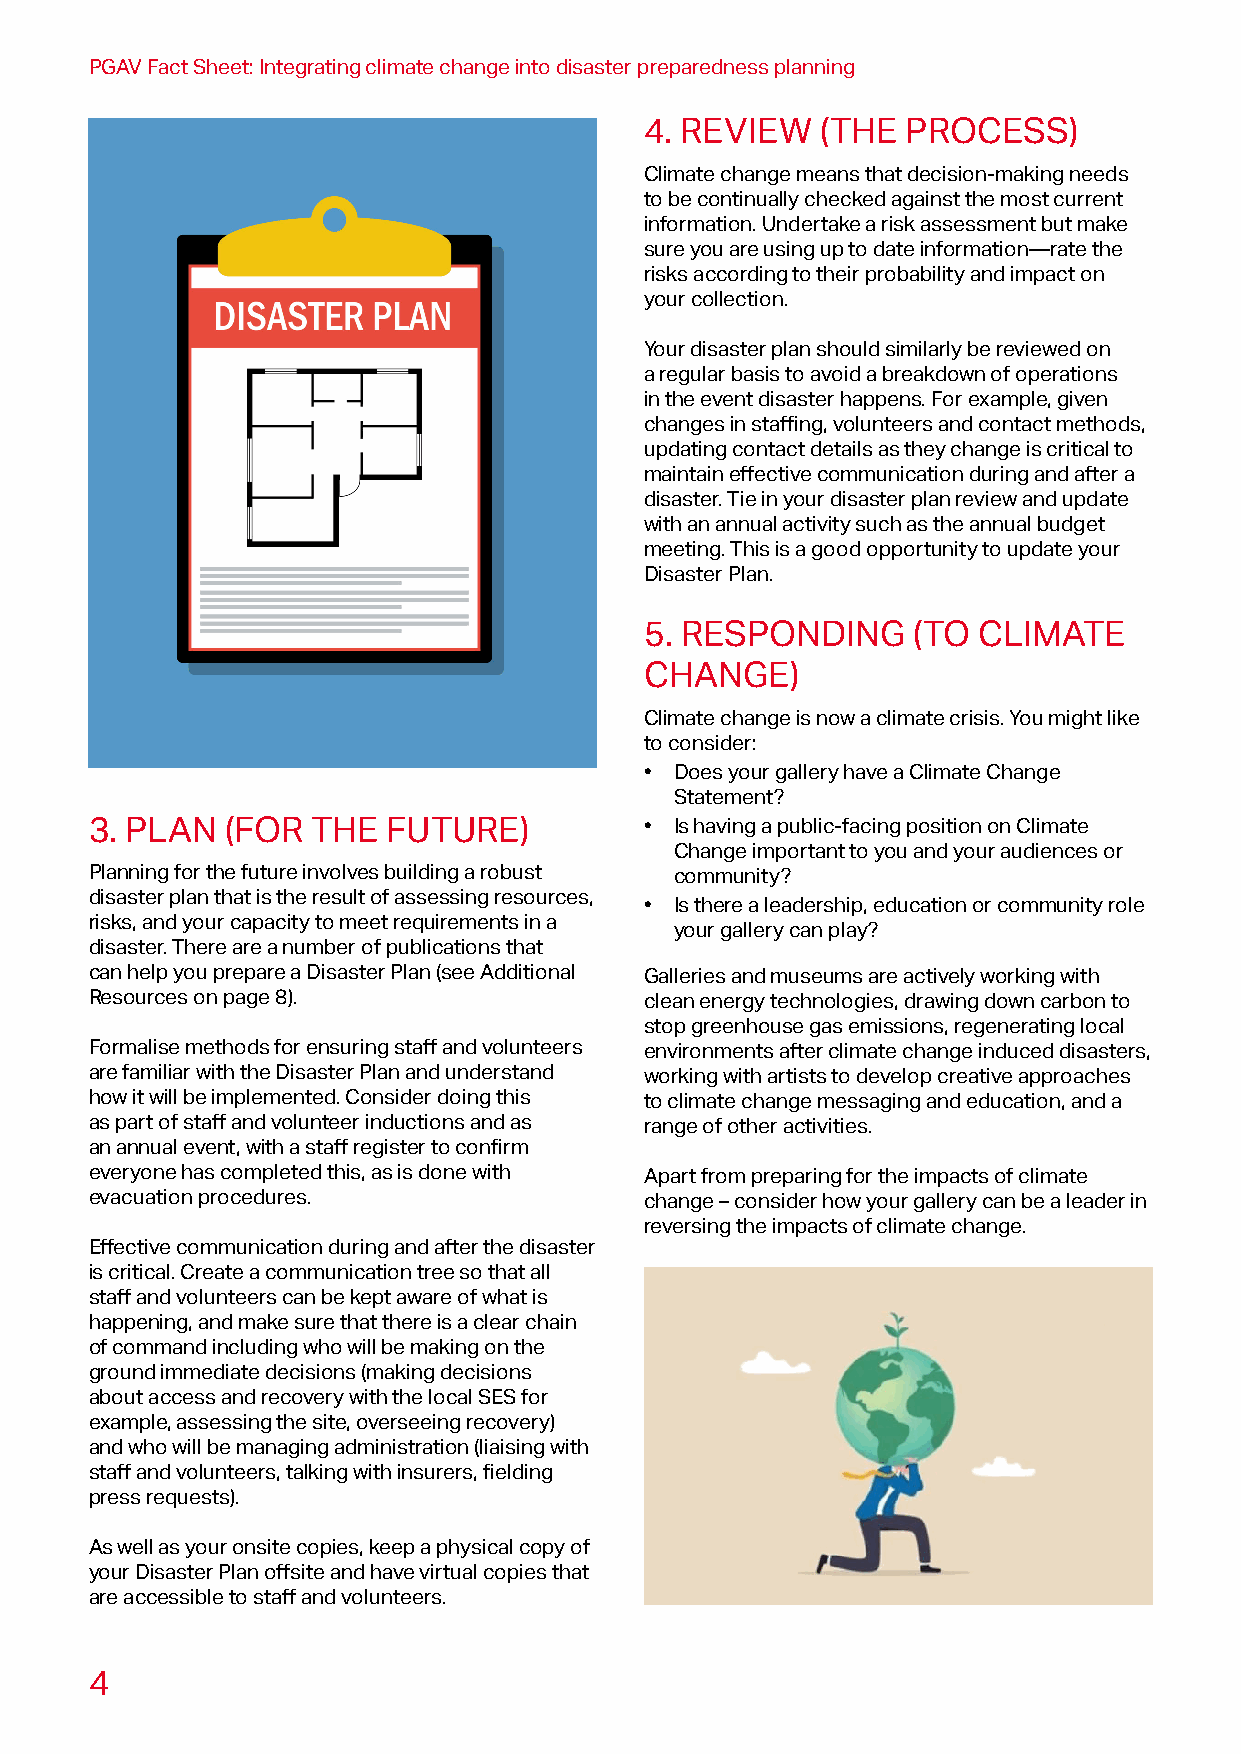
PGAV Fact Sheet: Integrating climate change into disaster preparedness planning
 4. REVIEW  (THE  PROCESS)
 Climate change means that decision-making needs
 to be continually checked against the most current
 information. Undertake a risk assessment but make
 sure you are using up to date information—rate the
 risks according to their probability and impact on
 your collection.
 Your disaster plan should similarly be reviewed on
 a regular basis to avoid a breakdown of operations
 in the event disaster happens. For example, given
 changes in staffing, volunteers and contact methods,
 updating contact details as they change is critical to
 maintain effective communication during and after a
 disaster. Tie in your disaster plan review and update
 with an annual activity such as the annual budget
 meeting. This is a good opportunity to update your
 Disaster Plan.
 5. RESPONDING    (TO  CLIMATE
 CHANGE)
 Climate change is now a climate crisis. You might like
 to consider:
 • Does your gallery have a Climate Change
 Statement?
 • Is having a public-facing position on Climate
 3. PLAN  (FOR  THE  FUTURE)
 Change important to you and your audiences or
 Planning for the future involves building a robust community?
 disaster plan that is the result of assessing resources,
 • Is there a leadership, education or community role
 risks, and your capacity to meet requirements in a
 your gallery can play?
 disaster. There are a number of publications that
 can help you prepare a Disaster Plan (see Additional Galleries and museums are actively working with
 Resources on page 8).                clean energy technologies, drawing down carbon to
 stop greenhouse gas emissions, regenerating local
 Formalise methods for ensuring staff and volunteers environments after climate change induced disasters,
 are familiar with the Disaster Plan and understand working with artists to develop creative approaches
 how it will be implemented. Consider doing this to climate change messaging and education, and a
 as part of staff and volunteer inductions and as range of other activities.
 an annual event, with a staff register to confirm
 everyone has completed this, as is done with Apart from preparing for the impacts of climate
 evacuation procedures.               change – consider how your gallery can be a leader in
 reversing the impacts of climate change.
 Effective communication during and after the disaster
 is critical. Create a communication tree so that all
 staff and volunteers can be kept aware of what is
 happening, and make sure that there is a clear chain
 of command including who will be making on the
 ground immediate decisions (making decisions
 about access and recovery with the local SES for
 example, assessing the site, overseeing recovery)
 and who will be managing administration (liaising with
 staff and volunteers, talking with insurers, fielding
 press requests).
 As well as your onsite copies, keep a physical copy of
 your Disaster Plan offsite and have virtual copies that
 are accessible to staff and volunteers.
 4